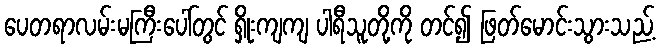
ပေတရာလမ်းမကြီးပေါ်တွင် ရှိုးကျကျ ပါရီသူတို့ကို တင်၍ ဖြတ်မောင်းသွားသည့်